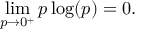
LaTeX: \operatorname* { l i m } _ { p \to 0 ^ { + } } p \log ( p ) = 0 .